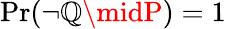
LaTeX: \operatorname*{Pr}(\lnot\mathbb{Q}\midP)=1